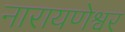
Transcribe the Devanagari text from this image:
नारायणेश्वर